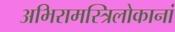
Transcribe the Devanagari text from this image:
अभिरामस्त्रिलोकानां